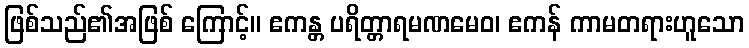
ဖြစ်သည်၏အဖြစ် ကြောင့်။ ဧကန္တ ပရိတ္တာရမဏမေဝ၊ ဧကန် ကာမတရားဟူသော